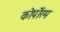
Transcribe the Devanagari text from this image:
कोर्पोरम